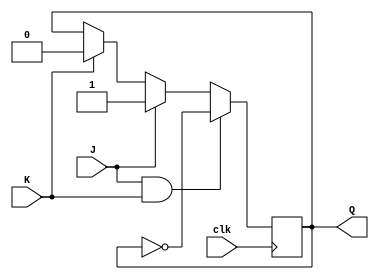
module jk_flipflop (
    input J,
    input K,
    input clk,
    output reg Q
);

always @ (posedge clk) begin
    if (J && K) begin
        Q <= !Q;
    end else if (J) begin
        Q <= 1;
    end else if (K) begin
        Q <= 0;
    end
end

endmodule